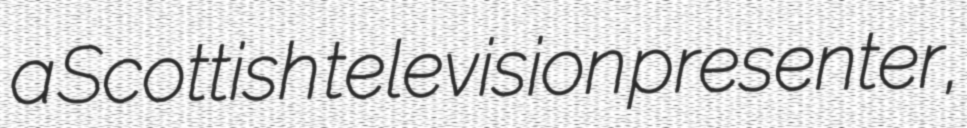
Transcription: a Scottish television presenter,